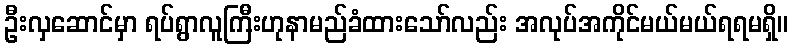
ဦးလှဆောင်မှာ ရပ်ရွာလူကြီးဟုနာမည်ခံထားသော်လည်း အလုပ်အကိုင်မယ်မယ်ရရမရှိ။